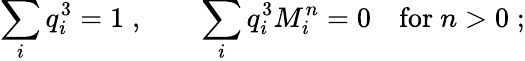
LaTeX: \sum_{i}q_{i}^{3}=1\; ,\quad\quad\sum_{i}q_{i}^{3}M_{i}^{n}=0\quad\mathrm{for}\ n>0\; ;